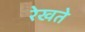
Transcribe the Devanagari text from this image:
रेखते